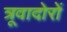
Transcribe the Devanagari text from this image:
त्रूवादोरों